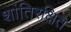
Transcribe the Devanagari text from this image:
शांतिरक्षित